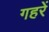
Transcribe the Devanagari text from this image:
गहरें